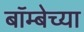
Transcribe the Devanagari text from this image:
बॉम्बेच्या